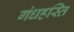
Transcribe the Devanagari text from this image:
गंधहस्ति